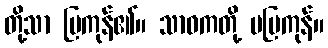
တို့သာ ပြကုန်၏။ သာဝကတို့ မပြကုန်။